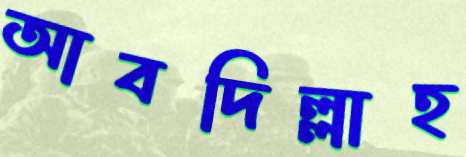
আবদিল্লাহ